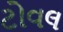
ટોવલ